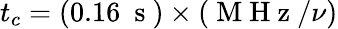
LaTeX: t_{c}=(0.16~\mathrm{~s~})\times(\mathrm{~M~H~z~}/\nu)